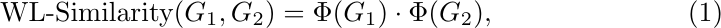
\begin{equation}
    \text{WL-Similarity}(G_1, G_2) = \Phi(G_1) \cdot \Phi(G_2),
\end{equation}